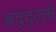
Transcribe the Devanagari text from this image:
बद्द्लचे